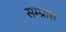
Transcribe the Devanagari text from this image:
सम्प्रास